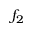
f _ { 2 }